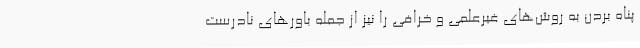
پناه بردن به روش‌های غیرعلمی و خرافی را نیز از جمله باور‌های نادرست